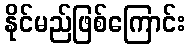
နိုင်မည်ဖြစ်ကြောင်း